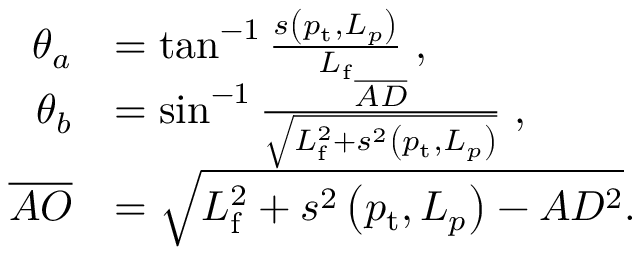
\begin{array} { r l } { \theta _ { a } } & { = \tan ^ { - 1 } \frac { s \left( p _ { \mathrm { t } } , L _ { p } \right) } { L _ { \mathrm { f } } } \; , } \\ { \theta _ { b } } & { = \sin ^ { - 1 } \frac { \overline { { A D } } } { \sqrt { L _ { \mathrm { f } } ^ { 2 } + s ^ { 2 } \left( p _ { \mathrm { t } } , L _ { p } \right) } } \; , } \\ { \overline { { A O } } } & { = \sqrt { L _ { \mathrm { f } } ^ { 2 } + s ^ { 2 } \left( p _ { \mathrm { t } } , L _ { p } \right) - A D ^ { 2 } } . } \end{array}